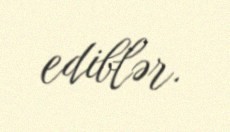
ediblər.